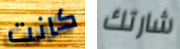
كانت شارتك